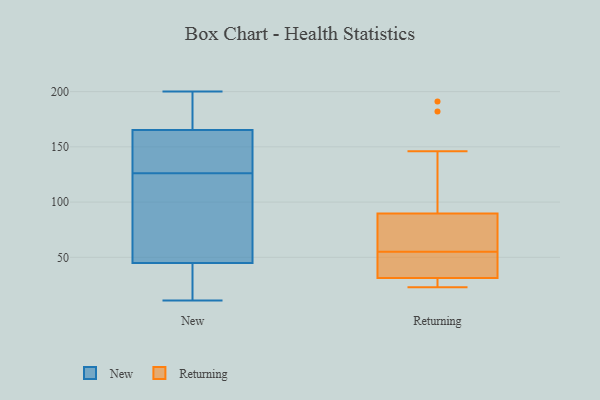
{"axis": {"x": "Bounce Rate (%)", "y": "Value"}, "legend": ["New", "Returning"], "data": [{"x": "", "y": 169, "type": "New"}, {"x": "", "y": 11, "type": "New"}, {"x": "", "y": 126, "type": "New"}, {"x": "", "y": 169, "type": "New"}, {"x": "", "y": 133, "type": "New"}, {"x": "", "y": 143, "type": "New"}, {"x": "", "y": 97, "type": "New"}, {"x": "", "y": 113, "type": "New"}, {"x": "", "y": 80, "type": "New"}, {"x": "", "y": 182, "type": "New"}, {"x": "", "y": 154, "type": "New"}, {"x": "", "y": 29, "type": "New"}, {"x": "", "y": 33, "type": "New"}, {"x": "", "y": 200, "type": "New"}, {"x": "", "y": 26, "type": "New"}, {"x": "", "y": 23, "type": "Returning"}, {"x": "", "y": 54, "type": "Returning"}, {"x": "", "y": 79, "type": "Returning"}, {"x": "", "y": 89, "type": "Returning"}, {"x": "", "y": 29, "type": "Returning"}, {"x": "", "y": 65, "type": "Returning"}, {"x": "", "y": 55, "type": "Returning"}, {"x": "", "y": 182, "type": "Returning"}, {"x": "", "y": 23, "type": "Returning"}, {"x": "", "y": 46, "type": "Returning"}, {"x": "", "y": 146, "type": "Returning"}, {"x": "", "y": 191, "type": "Returning"}, {"x": "", "y": 82, "type": "Returning"}, {"x": "", "y": 48, "type": "Returning"}, {"x": "", "y": 92, "type": "Returning"}, {"x": "", "y": 32, "type": "Returning"}, {"x": "", "y": 28, "type": "Returning"}]}